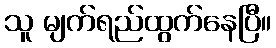
သူ မျက်ရည်ထွက်နေပြီ။